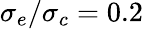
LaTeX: \sigma_{e}/\sigma_{c}=0.2